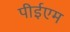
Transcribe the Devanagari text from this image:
पीईएम